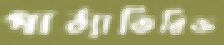
পাঠ্যাতিরিক্ত